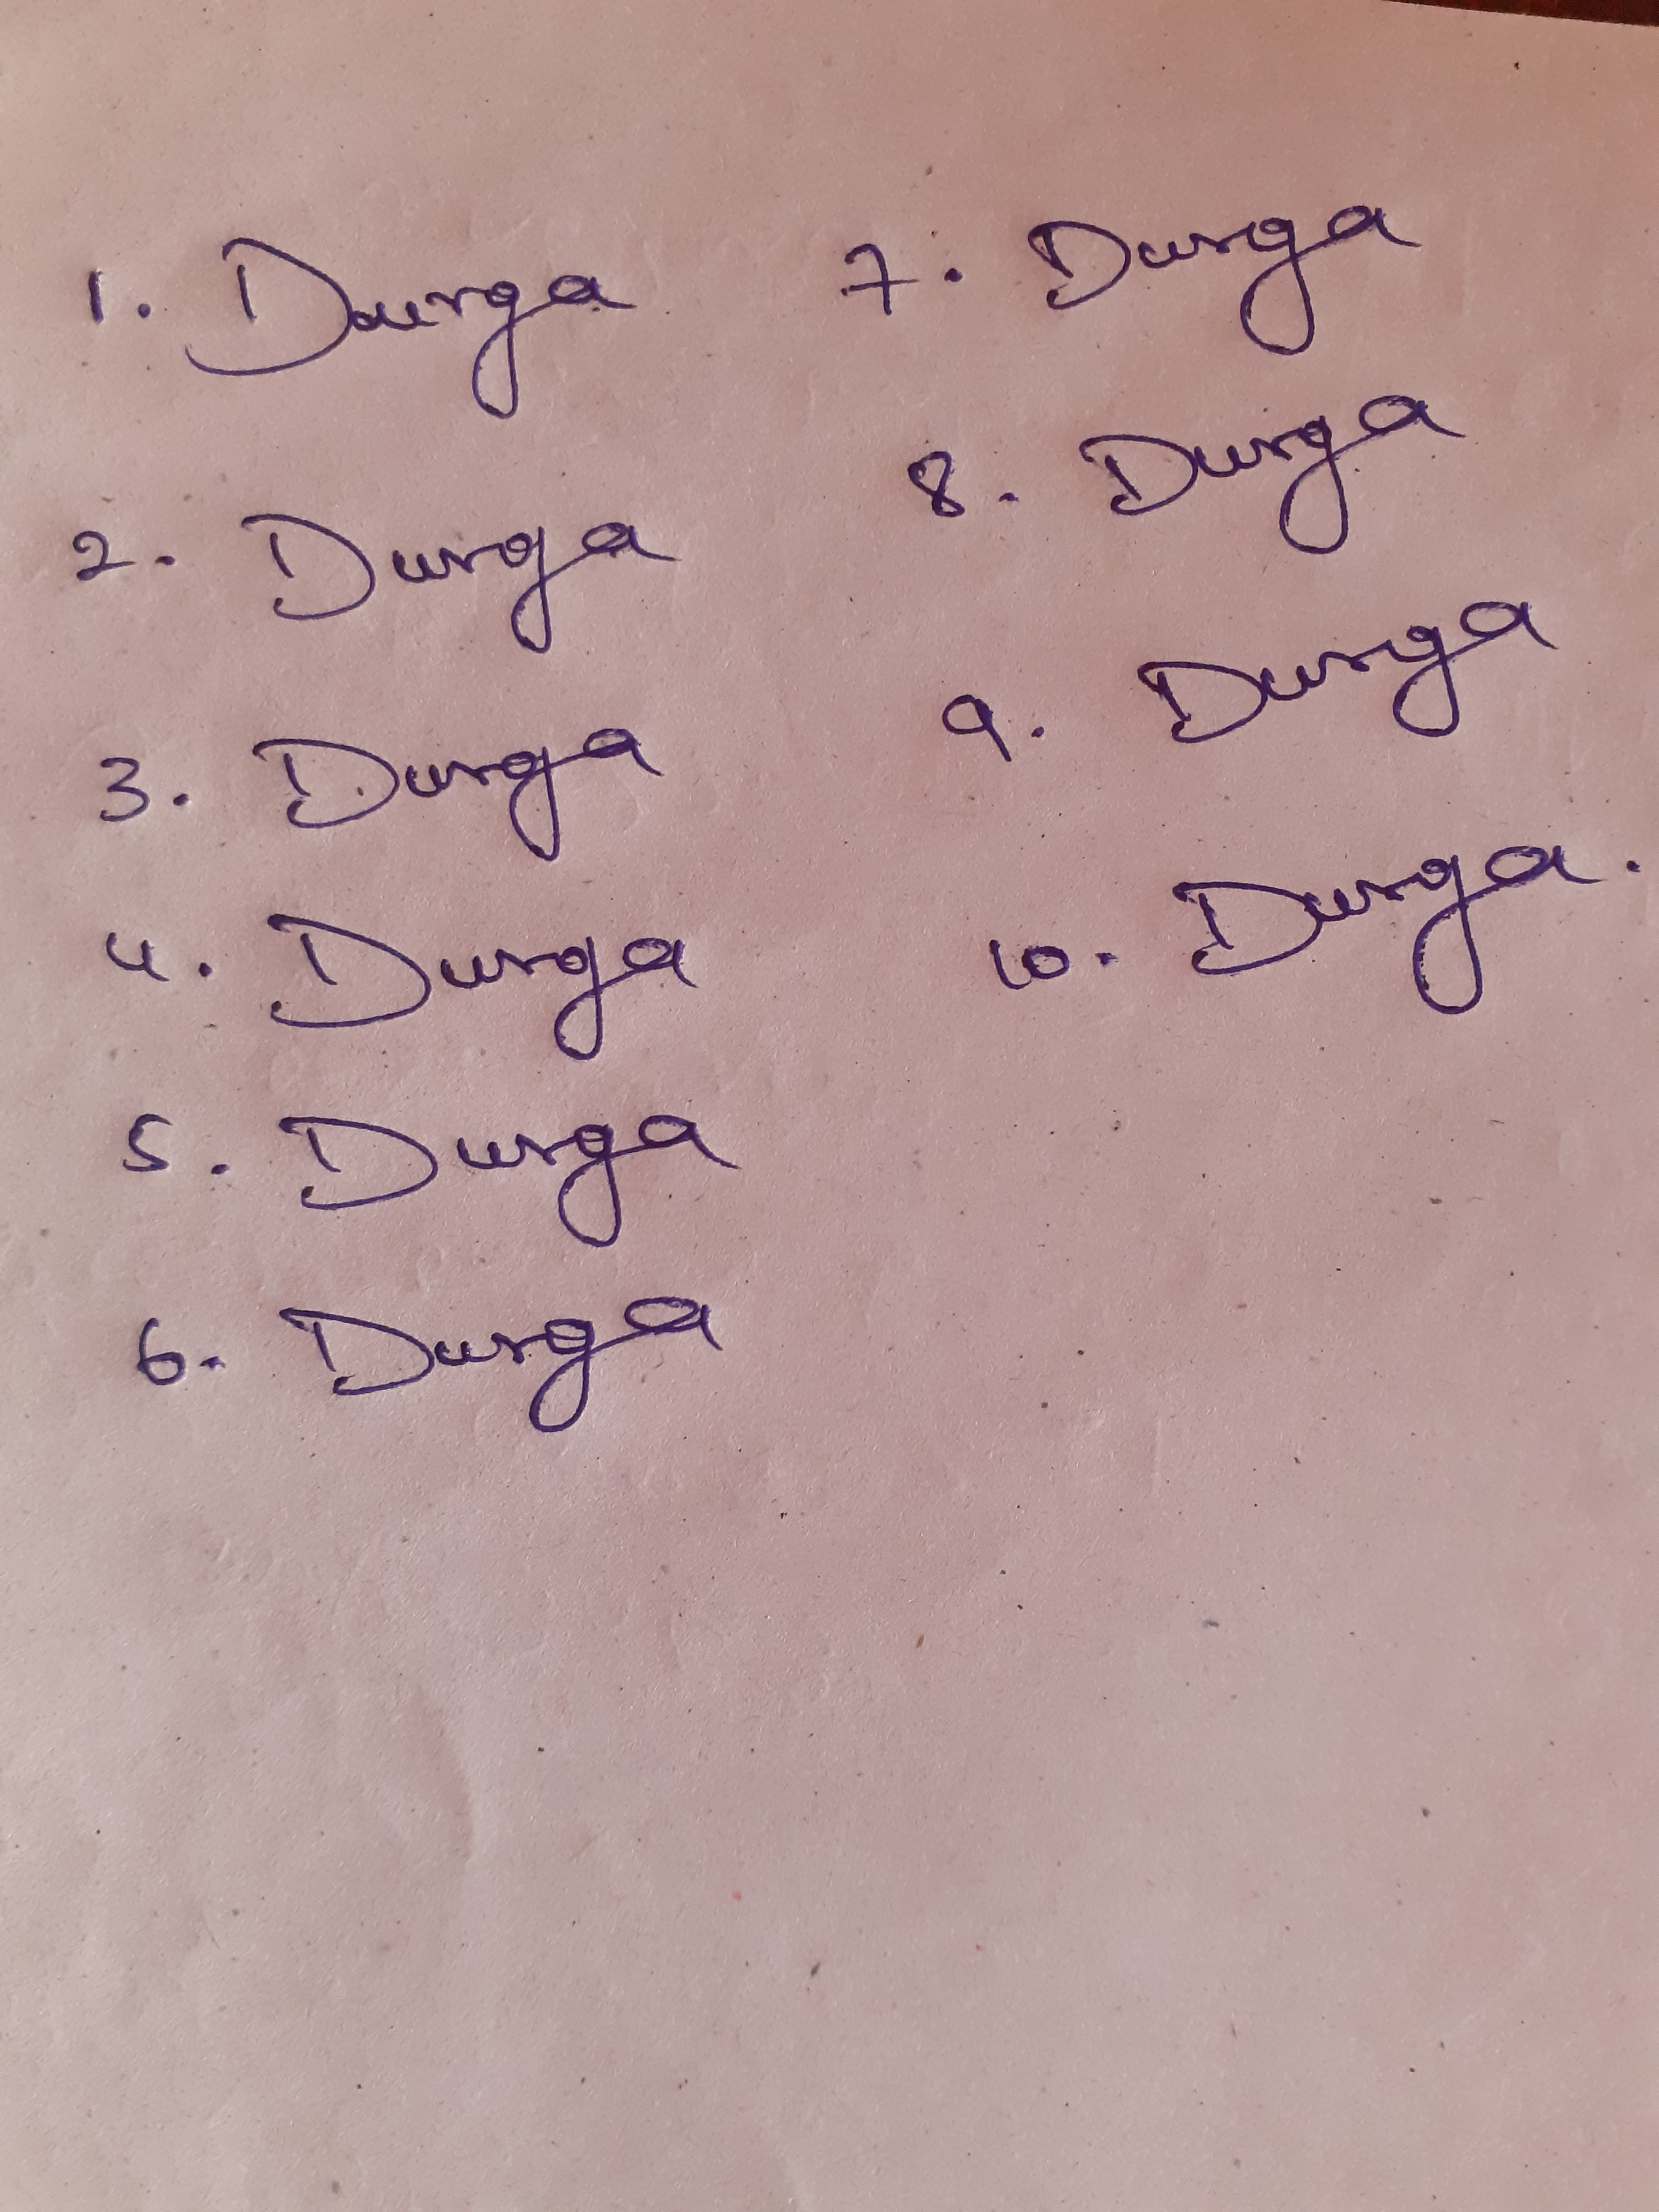
Signature authenticity: genuine